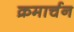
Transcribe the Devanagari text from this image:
क्रमार्चन